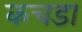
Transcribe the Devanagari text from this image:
कचडा